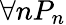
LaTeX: \forall nP_{n}